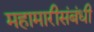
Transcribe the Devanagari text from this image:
महामारीसंबंधी